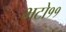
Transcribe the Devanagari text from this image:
भटो११